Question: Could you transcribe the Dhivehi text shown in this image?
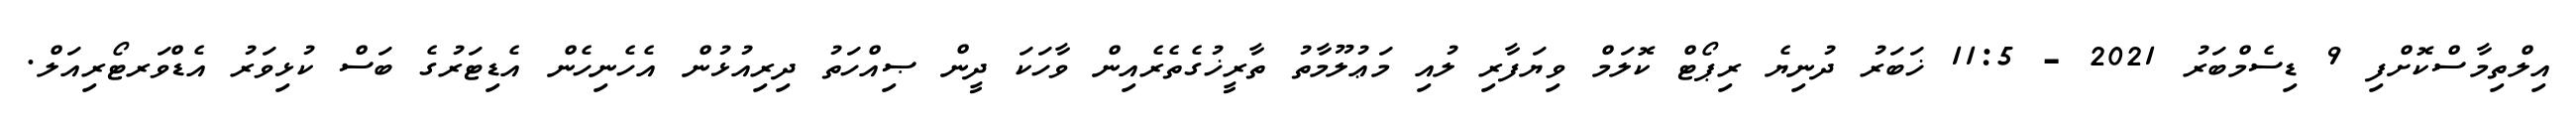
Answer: އިލްތިމާސްކޮށްފި 9 ޑިސެމްބަރު 2021 - 11:5 ޚަބަރު ދުނިޔެ ރިޕޯޓް ކޮލަމް ވިޔަފާރި ލުއި މަޢުލޫމާތު ތާރީޚުގެތެރެއިން ވާހަކަ ދީން ޞިއްހަތު ދިރިއުޅުން އެހެނިހެން އެޑިޓަރުގެ ބަސް ކުޅިވަރު އެޑްވަރޓޯރިއަލް.